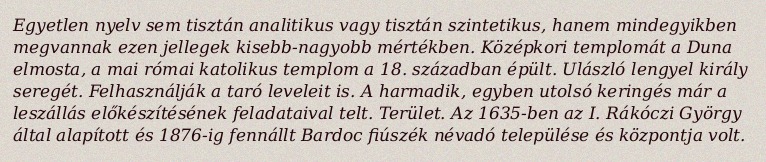
Egyetlen nyelv sem tisztán analitikus vagy tisztán szintetikus, hanem mindegyikben megvannak ezen jellegek kisebb-nagyobb mértékben. Középkori templomát a Duna elmosta, a mai római katolikus templom a 18. században épült. Ulászló lengyel király seregét. Felhasználják a taró leveleit is. A harmadik, egyben utolsó keringés már a leszállás előkészítésének feladataival telt. Terület. Az 1635-ben az I. Rákóczi György által alapított és 1876-ig fennállt Bardoc fiúszék névadó települése és központja volt.